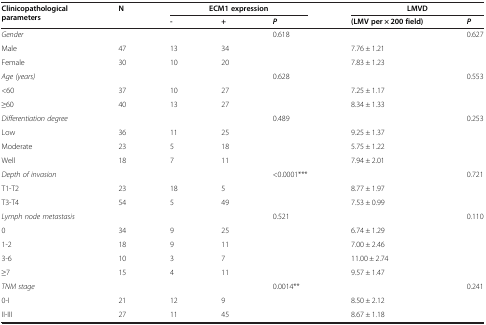
<table><thead><tr><td rowspan="2"><b>Clinicopathological parameters</b></td><td rowspan="2"><b>N</b></td><td><b> </b></td><td><b>ECM1 expression</b></td><td><b> </b></td><td><b>LMVD</b></td><td><b> </b></td></tr><tr><td><b>-</b></td><td><b>+</b></td><td><b><i>P</i></b></td><td><b>(LMV per × 200 field)</b></td><td><b><i>P</i></b></td></tr></thead><tbody><tr><td><i>Gender</i></td><td> </td><td> </td><td> </td><td>0.618</td><td> </td><td>0.627</td></tr><tr><td>Male</td><td>47</td><td>13</td><td>34</td><td> </td><td>7.76 ± 1.21</td><td> </td></tr><tr><td>Female</td><td>30</td><td>10</td><td>20</td><td> </td><td>7.83 ± 1.23</td><td> </td></tr><tr><td><i>Age (years)</i></td><td> </td><td> </td><td> </td><td>0.628</td><td> </td><td>0.553</td></tr><tr><td>&lt;60</td><td>37</td><td>10</td><td>27</td><td> </td><td>7.25 ± 1.17</td><td> </td></tr><tr><td>≥60</td><td>40</td><td>13</td><td>27</td><td> </td><td>8.34 ± 1.33</td><td> </td></tr><tr><td><i>Differentiation degree</i></td><td> </td><td> </td><td> </td><td>0.489</td><td> </td><td>0.253</td></tr><tr><td>Low</td><td>36</td><td>11</td><td>25</td><td> </td><td>9.25 ± 1.37</td><td> </td></tr><tr><td>Moderate</td><td>23</td><td>5</td><td>18</td><td> </td><td>5.75 ± 1.22</td><td> </td></tr><tr><td>Well</td><td>18</td><td>7</td><td>11</td><td> </td><td>7.94 ± 2.01</td><td> </td></tr><tr><td><i>Depth of invasion</i></td><td> </td><td> </td><td> </td><td>&lt;0.0001***</td><td> </td><td>0.721</td></tr><tr><td>T1-T2</td><td>23</td><td>18</td><td>5</td><td> </td><td>8.77 ± 1.97</td><td> </td></tr><tr><td>T3-T4</td><td>54</td><td>5</td><td>49</td><td> </td><td>7.53 ± 0.99</td><td> </td></tr><tr><td><i>Lymph node metastasis</i></td><td> </td><td> </td><td> </td><td>0.521</td><td> </td><td>0.110</td></tr><tr><td>0</td><td>34</td><td>9</td><td>25</td><td> </td><td>6.74 ± 1.29</td><td> </td></tr><tr><td>1-2</td><td>18</td><td>9</td><td>11</td><td> </td><td>7.00 ± 2.46</td><td> </td></tr><tr><td>3-6</td><td>10</td><td>3</td><td>7</td><td> </td><td>11.00 ± 2.74</td><td> </td></tr><tr><td>≥7</td><td>15</td><td>4</td><td>11</td><td> </td><td>9.57 ± 1.47</td><td> </td></tr><tr><td><i>TNM stage</i></td><td> </td><td> </td><td> </td><td>0.0014**</td><td> </td><td>0.241</td></tr><tr><td>0-I</td><td>21</td><td>12</td><td>9</td><td> </td><td>8.50 ± 2.12</td><td> </td></tr><tr><td>II-III</td><td>27</td><td>11</td><td>45</td><td> </td><td>8.67 ± 1.18</td><td> </td></tr></tbody></table>